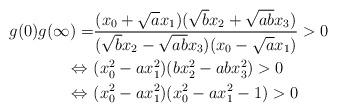
LaTeX: \begin{align*} g(0)g(\infty)=&\frac{(x_0+\sqrt{a}x_1)(\sqrt{b}x_2+\sqrt{ab}x_3)}{(\sqrt{b}x_2-\sqrt{ab}x_3)(x_0-\sqrt{a}x_1)}>0\\ \Leftrightarrow\ &(x_0^2-ax_1^2)(bx_2^2-abx_3^2)>0\\ \Leftrightarrow\ &(x_0^2-ax_1^2)(x_0^2-ax_1^2-1)>0\end{align*}